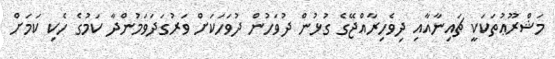
މަޝްރޫޢުތަކަކީ ޗައިނާއާއި ދިވެހިރާއްޖޭގެ ގުޅުން ދުވަހުން ދުވަހަކަށް ވަރުގަދަވަމުންދާ ކަމުގެ ހެކި ކަމަށް